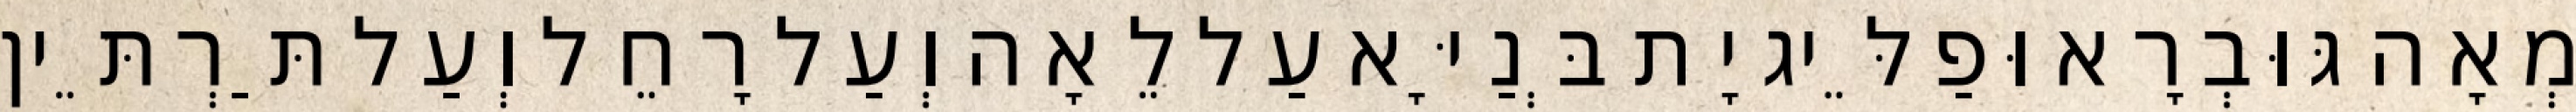
מְאָה גּוּבְרָא וּפַלֵּיג יָת בְּנַיָּא עַל לֵאָה וְעַל רָחֵל וְעַל תַּרְתֵּין